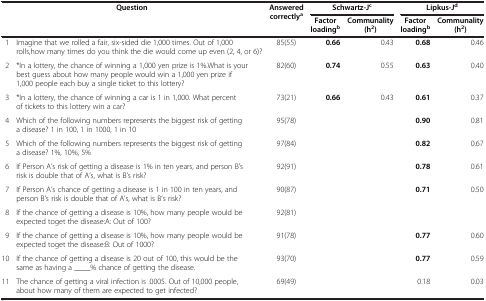
| <COLSPAN=2> Question | Answered correctlya | <COLSPAN=2> Schwartz-Jc | <COLSPAN=2> Lipkus-Jd |
 | <COLSPAN=3>  | Factor loadingb | Communality (h2) | Factor loadingb | Communality (h2) |
 | --- | --- | --- | --- | --- | --- | --- |
 | <COLSPAN=2> 1 Imagine that we rolled a fair, six-sided die 1,000 times. Out of 1,000 rolls,how many times do you think the die would come up even (2, 4, or 6)? | 85(55) | 0.66 | 0.43 | 0.68 | 0.46 |
 | <COLSPAN=2> 2 *In a lottery, the chance of winning a 1,000 yen prize is 1%.What is your best guess about how many people would win a 1,000 yen prize if 1,000 people each buy a single ticket to this lottery? | 82(60) | 0.74 | 0.55 | 0.63 | 0.40 |
 | <COLSPAN=2> 3 *In a lottery, the chance of winning a car is 1 in 1,000. What percent of tickets to this lottery win a car? | 73(21) | 0.66 | 0.43 | 0.61 | 0.37 |
 | <COLSPAN=2> 4 Which of the following numbers represents the biggest risk of getting a disease? 1 in 100, 1 in 1000, 1 in 10 | 95(78) |  |  | 0.90 | 0.81 |
 | <COLSPAN=2> 5 Which of the following numbers represents the biggest risk of getting a disease? 1%, 10%, 5% | 97(84) |  |  | 0.82 | 0.67 |
 | <COLSPAN=2> 6 If Person A’s risk of getting a disease is 1% in ten years, and person B’s risk is double that of A’s, what is B’s risk? | 92(91) |  |  | 0.78 | 0.61 |
 | <COLSPAN=2> 7 If Person A’s chance of getting a disease is 1 in 100 in ten years, and person B’s risk is double that of A’s, what is B’s risk? | 90(87) |  |  | 0.71 | 0.50 |
 | <COLSPAN=2> 8 If the chance of getting a disease is 10%, how many people would be expected toget the disease:A: Out of 100? | 92(81) |  |  |  |  |
 | <COLSPAN=2> 9 If the chance of getting a disease is 10%, how many people would be expected toget the disease:B: Out of 1000? | 91(78) |  |  | 0.77 | 0.60 |
 | <COLSPAN=2> 10 If the chance of getting a disease is 20 out of 100, this would be the same as having a ____% chance of getting the disease. | 93(70) |  |  | 0.77 | 0.59 |
 | <COLSPAN=2> 11 The chance of getting a viral infection is .0005. Out of 10,000 people, about how many of them are expected to get infected? | 69(49) |  |  | 0.18 | 0.03 |